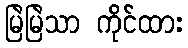
မြဲမြဲသာ ကိုင်ထား